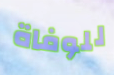
للوفاة